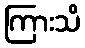
ကြားသိ